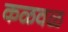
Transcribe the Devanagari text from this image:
कळवळ